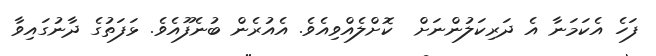
ފަހެ އެކަމަނާ އެ ދަރިކަލުންނަށް  ކޮށްލެއްވިއެވެ. އެއުރެން ބުނެފޫއެވެ. ޅަފަތުގެ ދާނުގައިވާ